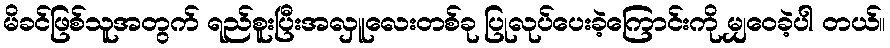
မိခင်ဖြစ်သူအတွက် ရည်စူးပြီးအလှူလေးတစ်ခု ပြုလုပ်ပေးခဲ့ကြောင်းကို မျှဝေခဲ့ပါ တယ်။